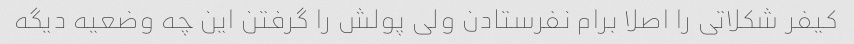
کیفر شکلاتی را اصلا برام نفرستادن ولی پولش را گرفتن این چه وضعیه دیگه